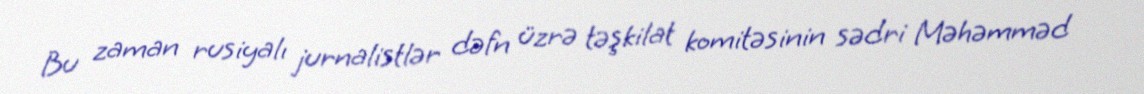
Bu zaman rusiyalı jurnalistlər dəfn üzrə təşkilat komitəsinin sədri Məhəmməd